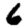
Digit: 6